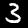
Digit: 3